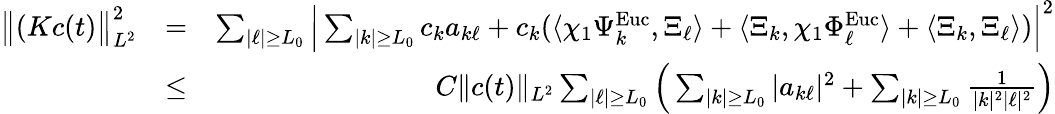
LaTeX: \begin{array}{rlr}{\big\| (Kc(t)\big\| _{L^{2}}^{2}}&{=}&{\sum_{|\ell|\geq L_{0}}\Big|\sum_{|k|\geq L_{0}}c_{k}a_{k\ell}+c_{k}(\langle\chi_{1}\Psi_{k}^{\mathrm{Euc}},\Xi_{\ell}\rangle+\langle\Xi_{k},\chi_{1}\Phi_{\ell}^{\mathrm{Euc}}\rangle+\langle\Xi_{k},\Xi_{\ell}\rangle)\Big|^{2}}\\ &{\leq}&{C\| c(t)\| _{L^{2}}\sum_{|\ell|\geq L_{0}}\Big(\sum_{|k|\geq L_{0}}|a_{k\ell}|^{2}+\sum_{|k|\geq L_{0}}\frac{1}{|k|^{2}|\ell|^{2}}\Big)}\end{array}